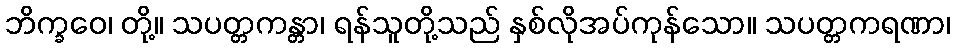
ဘိက္ခဝေ၊ တို့။ သပတ္တကန္တာ၊ ရန်သူတို့သည် နှစ်လိုအပ်ကုန်သော။ သပတ္တကရဏာ၊